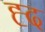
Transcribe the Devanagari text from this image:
ह्द